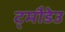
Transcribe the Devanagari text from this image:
ट्मौडेउ